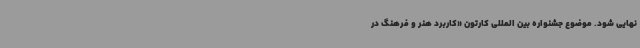
نهایی شود. موضوع جشنواره بین المللی کارتون «کاربرد هنر و فرهنگ در